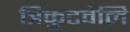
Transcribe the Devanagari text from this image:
त्रिकुटवेलि